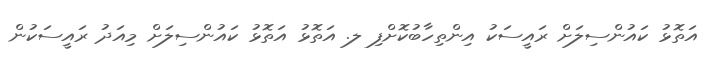
އަތޮޅު ކައުންސިލަށް ރައީސަކު އިންތިހާބުކޮށްފި ލ. އަތޮޅު އަތޮޅު ކައުންސިލަށް މިއަދު ރައީސަކުން